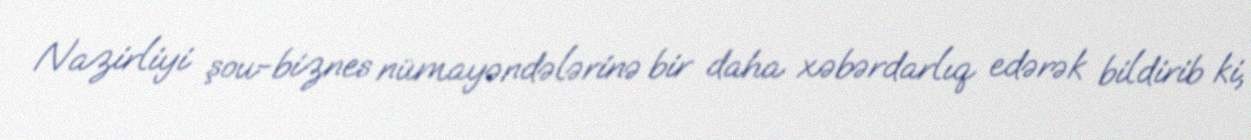
Nazirliyi şou-biznes nümayəndələrinə bir daha xəbərdarlıq edərək bildirib ki,